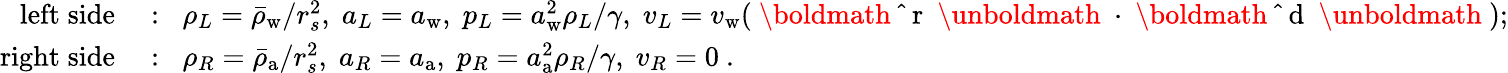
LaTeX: \begin{array}{rl}{\mathrm{left\; side}}&{{}:\; \; \rho_{L}=\bar{\rho}_{\mathrm{w}}/r_{s}^{2},\; a_{L}=a_{\mathrm{w}},\; p_{L}=a_{\mathrm{w}}^{2}\rho_{L}/\gamma,\; v_{L}=v_{\mathrm{w}}({\mathrm{~\boldmath~\hat{~}{~r~}~\unboldmath~}}\cdot{\mathrm{~\boldmath~\hat{~}{~d~}~\unboldmath~}});}\\ {\mathrm{right\; side}}&{{}:\; \; \rho_{R}=\bar{\rho}_{\mathrm{a}}/r_{s}^{2},\; a_{R}=a_{\mathrm{a}},\; p_{R}=a_{\mathrm{a}}^{2}\rho_{R}/\gamma,\; v_{R}=0\ .}\end{array}